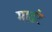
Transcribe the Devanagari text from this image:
माढंर